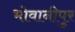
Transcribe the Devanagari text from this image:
भोवानीपुर